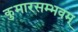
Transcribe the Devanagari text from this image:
कुमारसम्भवम्‌